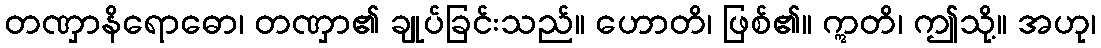
တဏှာနိရောဓော၊ တဏှာ၏ ချုပ်ခြင်းသည်။ ဟောတိ၊ ဖြစ်၏။ ဣတိ၊ ဤသို့။ အဟု၊